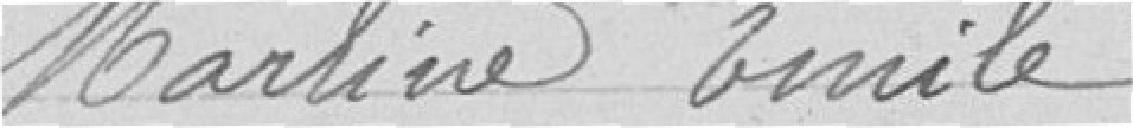
Marlière Emile